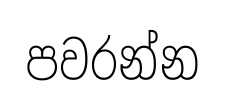
පවරන්න